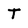
Character: T